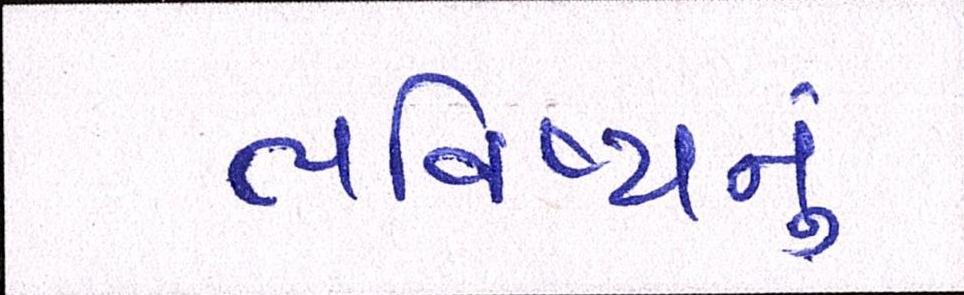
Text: ભવિષ્યનું